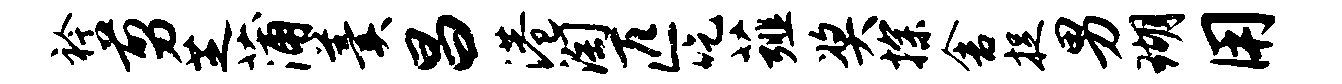
衿剪芝蒲羹昌港淘匹吃薤奖探舍捉男瑚用